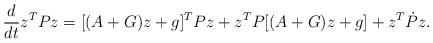
LaTeX: \begin{align*}\frac{d}{dt} z^T P z= [(A+G)z +g]^T Pz +z^TP[(A+G)z +g] +z^T \dot P z.\end{align*}